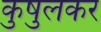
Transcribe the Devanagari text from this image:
कुषुलकर